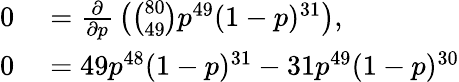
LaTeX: \begin{array}{rl}{0}&{{}={\frac{\partial}{\partial p}}\left({\binom{80}{49}}p^{49}(1-p)^{31}\right),}\\ {0}&{{}=49p^{48}(1-p)^{31}-31p^{49}(1-p)^{30}}\end{array}